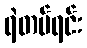
ရဲတပ်ရင်း